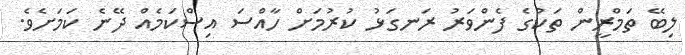
ލިބޭ ތަމްރީން ތަކުގެ ފެންވަރު ރަނގަޅު ކުރުމަށް ހާއްސަ އިސްކަމެއް ދޭނެ ކަމަށެވެ.